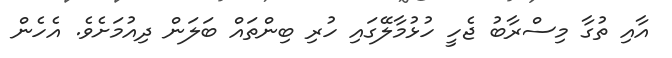
އާއި ތުގާ މިސްރާބު ޖެހީ ހުޅުމާލޭގައި ހުރި ބިންތައް ބަލަން ދިއުމަށެވެ. އެހެން